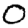
Digit: 0